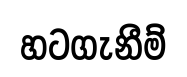
හටගැනීම්